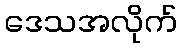
ဒေသအလိုက်